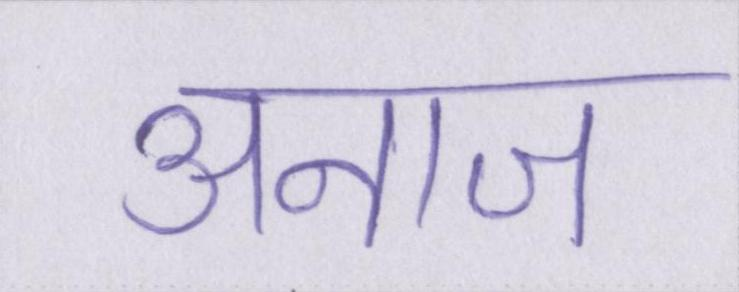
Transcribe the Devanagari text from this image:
अनाज